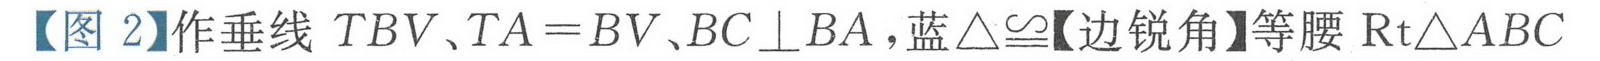
【图 2】作垂线 \(TBV\)、\(TA = BV\)、\(BC\perp BA\)，蓝\(\triangle\cong\)【边锐角】等腰\(\text{Rt}\triangle ABC\)